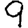
Digit: 9